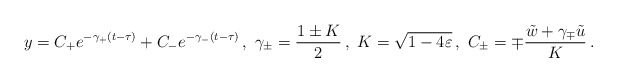
\begin{align*} y= C_+ e^{-\gamma_+ (t-\tau)} + C_- e^{-\gamma_- (t- \tau )} \,, \ \gamma_{\pm} =\frac{1\pm K}{2} \,, \ K = \sqrt{1-4\varepsilon}\,, \ C_{\pm}=\mp\frac{\tilde{w}+\gamma_{\mp}\tilde{u}}{K}\,.\end{align*}